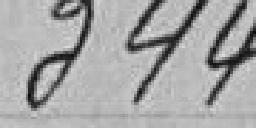
344